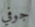
جوفي